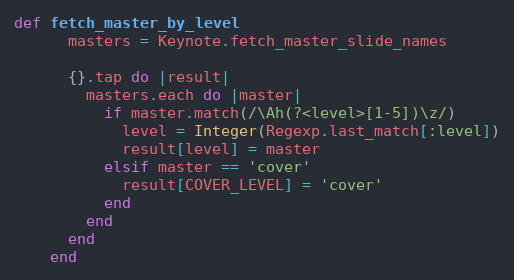
Language: Ruby
def fetch_master_by_level
      masters = Keynote.fetch_master_slide_names

      {}.tap do |result|
        masters.each do |master|
          if master.match(/\Ah(?<level>[1-5])\z/)
            level = Integer(Regexp.last_match[:level])
            result[level] = master
          elsif master == 'cover'
            result[COVER_LEVEL] = 'cover'
          end
        end
      end
    end